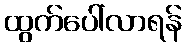
ထွက်ပေါ်လာရန်